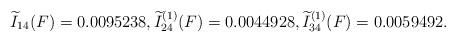
LaTeX: \begin{align*}\widetilde{I}_{14}(F)=0.0095238, \widetilde{I}_{24}^{(1)}(F)=0.0044928, \widetilde{I}_{34}^{(1)}(F)=0.0059492.\end{align*}